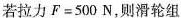
若拉力$$F=500N$$，则滑轮组